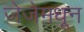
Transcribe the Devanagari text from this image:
जेजेमधून